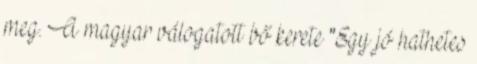
meg. A magyar válogatott bő kerete "Egy jó hathetes